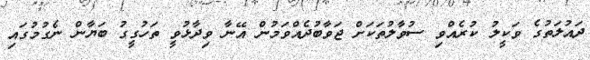
ދައުލަތުގެ ވަކީލު ކުރެއްވި ސުވާލުތަކަށް ޖަވާބުދެއްވަމުން އޭނާ ވިދާޅުވީ ތަހުގީގު ބަޔާން ނެގުމުގައި